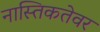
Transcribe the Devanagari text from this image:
नास्तिकतेवर